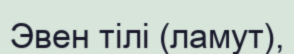
Эвен тілі (ламут),